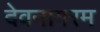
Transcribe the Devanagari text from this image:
देवनागरम